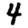
Digit: 4